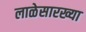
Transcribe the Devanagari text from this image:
लाळेसारख्या